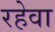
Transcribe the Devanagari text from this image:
रहेवा